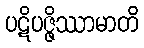
ပဋိပဇ္ဇိဿာမာတိ